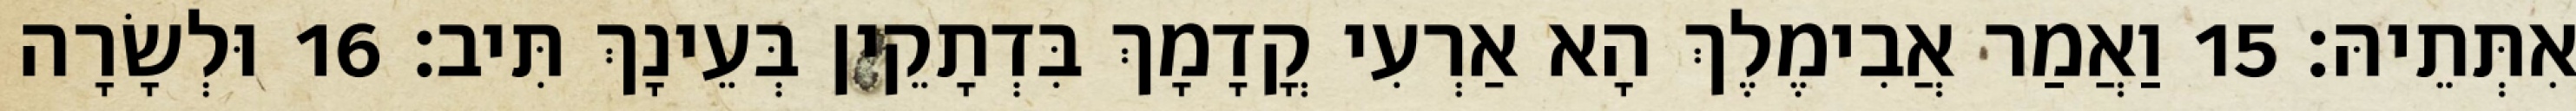
אִתְּתֵיהּ׃ 15 וַאֲמַר אֲבִימֶלֶךְ הָא אַרְעִי קֳדָמָךְ בִּדְתָקֵין בְּעֵינָךְ תִּיב׃ 16 וּלְשָׂרָה